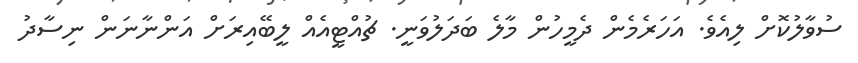
ސުވާލުކޮށް ލިއެވެ. އަހަރެމެން ދެމީހުން މާލެ ބަދަލުވަނީ. ޗުއްޓީއެއް ލީބޭއިރަށް އަންނާނަން ނިސާދު